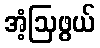
အံ့ဩဖွယ်